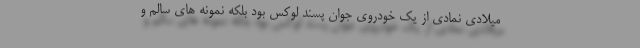
میلادی نمادی از یک خودروی جوان پسند لوکس بود بلکه نمونه های سالم و